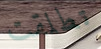
تطلقت